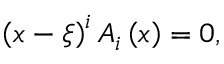
\left( { x - \xi } \right) ^ { i } A _ { i } \left( x \right) = 0 ,